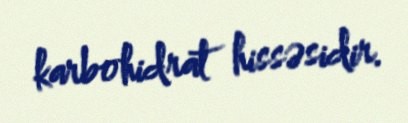
karbohidrat hissəsidir.